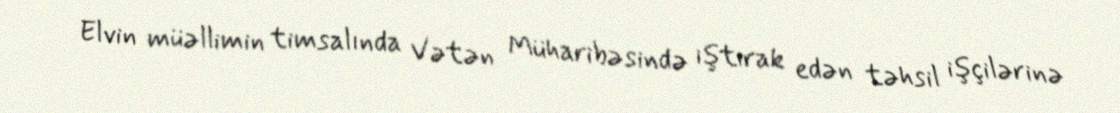
Elvin müəllimin timsalında Vətən Müharibəsində iştirak edən təhsil işçilərinə